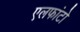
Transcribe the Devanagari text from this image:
एलफांटो